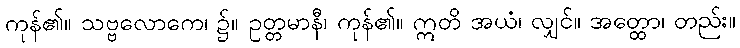
ကုန်၏။ သဗ္ဗလောကေ၊ ၌။ ဥတ္တမာနီ၊ ကုန်၏။ ဣတိ အယံ၊ လျှင်။ အတ္ထော၊ တည်း။